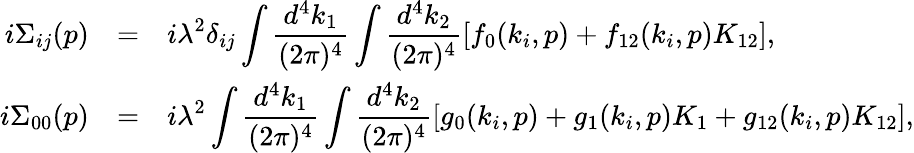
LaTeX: \begin{array}{rcl}{{i\Sigma_{ij}(p)}}&{{=}}&{{\displaystyle i\lambda^{2}\delta_{ij}\int\frac{d^{4}k_{1}}{(2\pi)^{4}}\int\frac{d^{4}k_{2}}{(2\pi)^{4}}[f_{0}(k_{i},p)+f_{12}(k_{i},p)K_{12}],}}\\ {{i\Sigma_{00}(p)}}&{{=}}&{{\displaystyle i\lambda^{2}\int\frac{d^{4}k_{1}}{(2\pi)^{4}}\int\frac{d^{4}k_{2}}{(2\pi)^{4}}[g_{0}(k_{i},p)+g_{1}(k_{i},p)K_{1}+g_{12}(k_{i},p)K_{12}],}}\end{array}